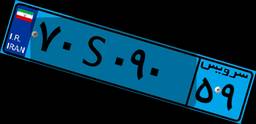
۱۰S۱۸۱۷۰